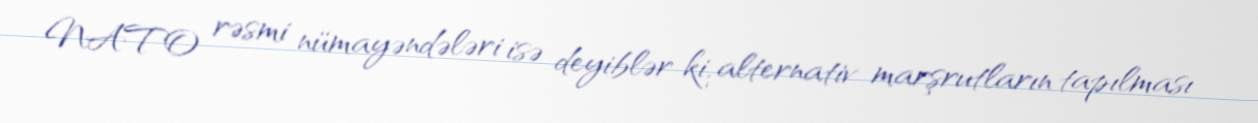
NATO rəsmi nümayəndələri isə deyiblər ki, alternativ marşrutların tapılması